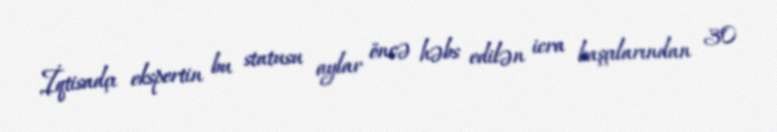
İqtisadçı ekspertin bu statusu aylar öncə həbs edilən icra başçılarından 30